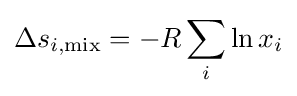
\Delta s_{i,\mathrm {mix} }=-R\sum _{i}\ln x_{i}